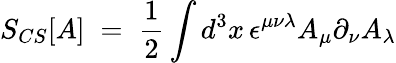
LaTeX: S_{CS}[A]\; =\; \frac{1}{2}\int d^{3}x\, \epsilon^{\mu\nu\lambda}A_{\mu}\partial_{\nu}A_{\lambda}